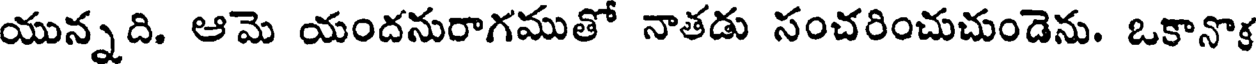
యున్నది. ఆమె యందనురాగముతో నాతడు సంచరించుచుండెను. ఒకానొక